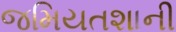
જમિયતશાની